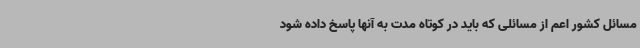
مسائل کشور اعم از مسائلی که باید در کوتاه مدت به آنها پاسخ داده شود